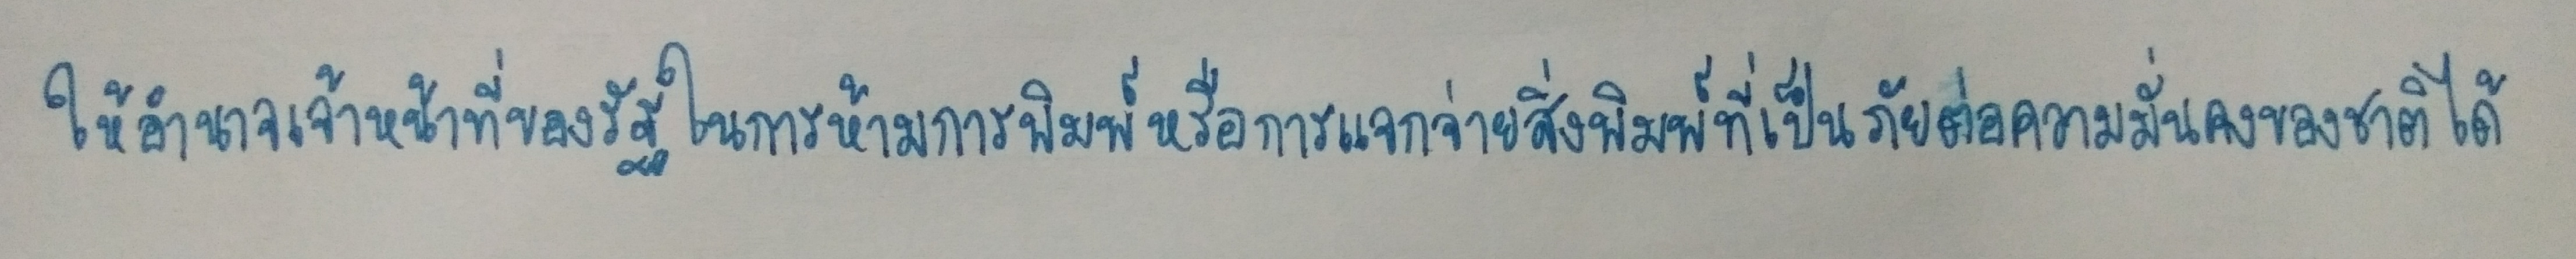
ให้อำนาจเจ้าหน้าที่ของรัฐในการห้ามการพิมพ์หรือการแจกจ่ายสิ่งพิมพ์ที่เป็นภัยต่อความมั่นคงของชาติได้